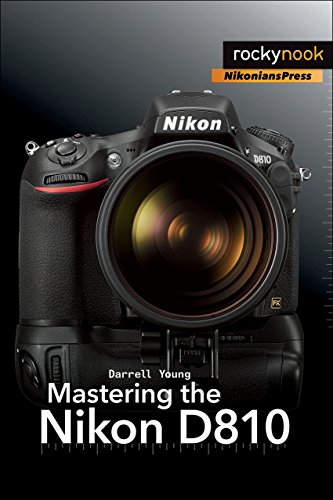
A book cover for Mastering the Nikon D810; Darrell Young; Arts & Photography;